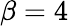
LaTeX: \beta=4